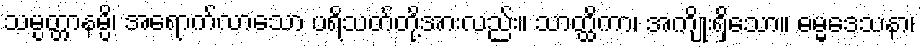
သမ္ပတ္တာနမ္ပိ၊ အရောက်လာသော ပရိသတ်တို့အားလည်း။ သာတ္ထိကာ၊ အကျိုးရှိသော။ ဓမ္မဒေသနာ၊